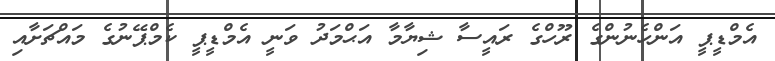
އެމްޑީޕީ އަންހެނުންގެ ރޫހްގެ ރައީސާ ޝިޔާމާ އަޙްމަދު ވަނީ އެމްޑީޕީ ކެމްޕޭނުގެ މައްޗަށާއި